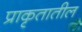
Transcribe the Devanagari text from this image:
प्राकृतातील